Vaccine operations Central Provinces & Berar 1922-1929 - 1922-1929
Year: 1922
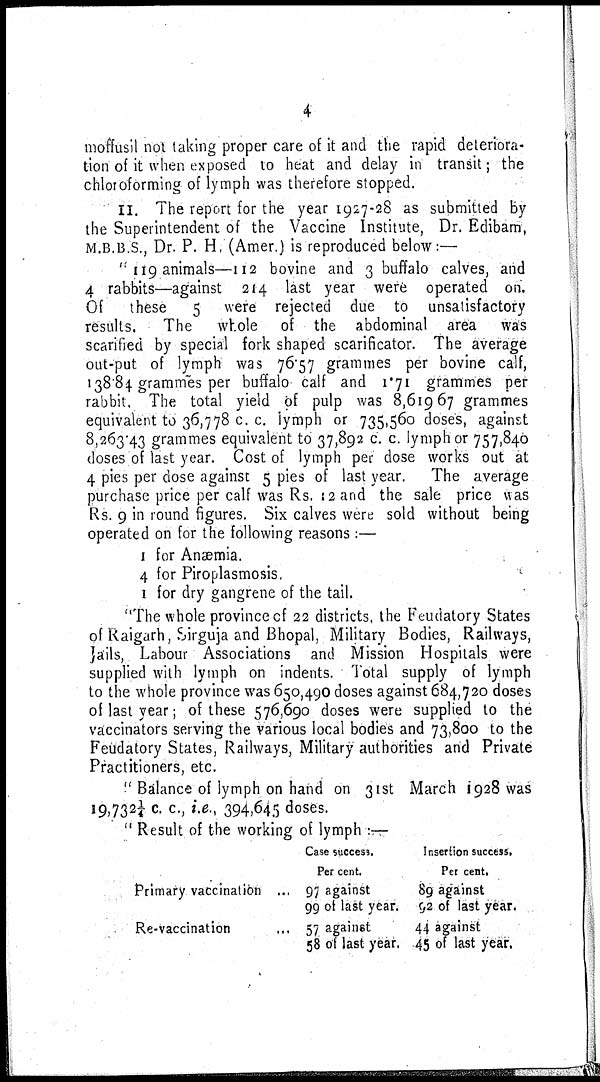
4
moffusil not taking proper care of it and the rapid deteriora-
tion of it when exposed to heat and delay in transit; the
chloroforming of lymph was therefore stopped.
II. The report for the year 1927-28 as submitted by
the Superintendent of the Vaccine Institute, Dr. Edibam ,
M.B.B.S., Dr. P. H, (Amer.) is reproduced below:—
"119 animals—112 bovine and 3 buffalo calves, and
4 rabbits—against 214 last year were operated on.
Of
these
5 were rejected due to unsatisfactory
results.
The whole of the abdominal area was
scarified by special fork shaped scarificator. The average
out-put of lymph was 76.57 grammes per bovine calf,
138.84 grammes per buffalo calf and 1.71 grammes per
rabbit. The total yield of pulp was 8,619.67 grammes
equivalent to 36,778 c. c. lymph or 735,560 doses, against
8,263.43 grammes equivalent to 37,892 c. c. lymph or 757,840
doses of last year. Cost of lymph per dose works out at
4 pies per dose against 5 pies of last year. The average
purchase price per calf was Rs. 12 and the sale price was
Rs. 9 in round figures. Six calves were sold without being
operated on for the following reasons :—
1 for Anæmia.
4 for Piroplasmosis.
1 for dry gangrene of the tail.
"The whole province of 22 districts, the Feudatory States
of Raigarh, Sirguja and Bhopal, Military Bodies, Railways,
Jails, Labour Associations and Mission Hospitals were
supplied with lymph on indents. Total supply of lymph
to the whole province was 650,490 doses against 684,720 doses
of last year; of these 576,690 doses were supplied to the
vaccinators serving the various local bodies and 73,800 to the
Feudatory States, Railways, Military authorities and Private
Practitioners, etc.
" Balance of lymph on hand on 31st March 1928 was
19,732¼ c. c, i.e., 394,645 doses.
" Result of the working of lymph :—
Primary vaccination ...
Re-vaccination ...
Case success.
Per cent.
97 against
99 of last year.
57 against
58 of last year.
Insertion success.
Per cent.
89 against
92 of last year.
44 against
45 of last year.